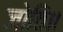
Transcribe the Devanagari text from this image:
जोति॥